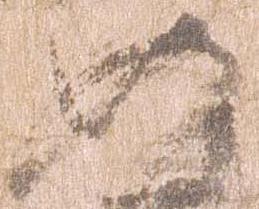
如